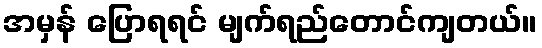
အမှန် ပြောရရင် မျက်ရည်တောင်ကျတယ်။